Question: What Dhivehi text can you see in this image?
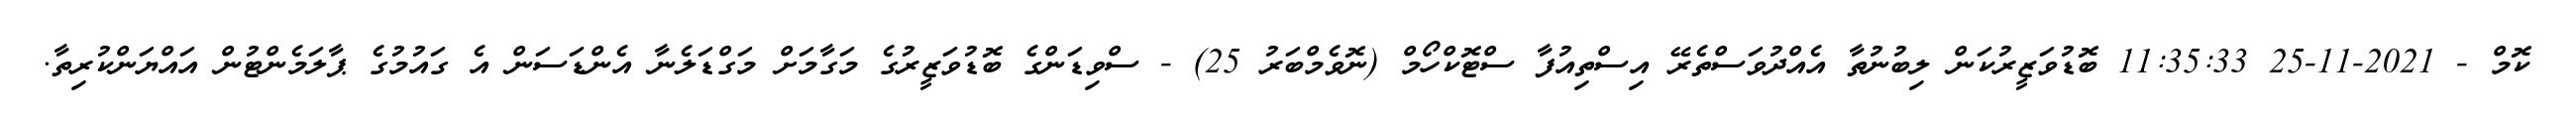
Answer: ކޮމް - 2021-11-25 11:35:33 ބޮޑުވަޒީރުކަން ލިބުނުތާ އެއްދުވަސްތެރޭ އިސްތިއުފާ ސްޓޮކްހޯމް (ނޮވެމްބަރު 25) - ސްވިޑަންގެ ބޮޑުވަޒީރުގެ މަގާމަށް މަގްޑަލެނާ އެންޑަސަން އެ ގައުމުގެ ޕާލަމެންޓުން އައްޔަންކުރިތާ.